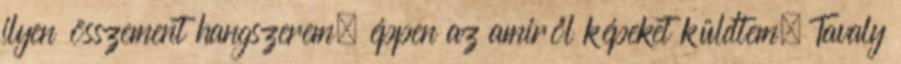
ilyen összement hangszerem, éppen az amiről képeket küldtem. Tavaly